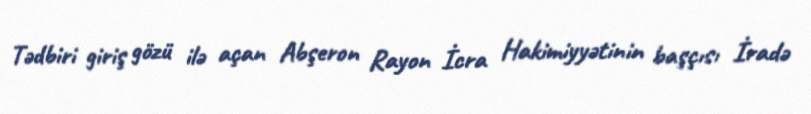
Tədbiri giriş gözü ilə açan Abşeron Rayon İcra Hakimiyyətinin başçısı İradə